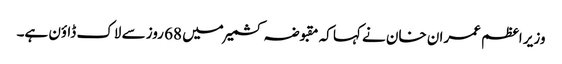
وزیر اعظم عمران خان نے کہا کہ مقبوضہ کشمیر میں 68 روز سے لاک ڈاؤن ہے۔